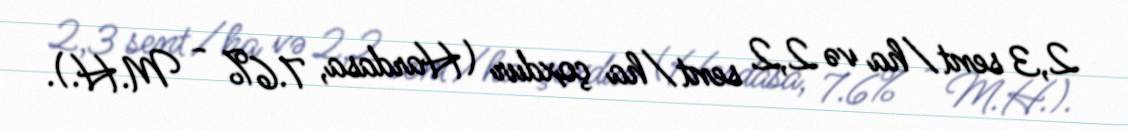
2,3 sent/ha və 2,2 sent/ha çoxdur (Hardasa, 7.6% - M.H.).